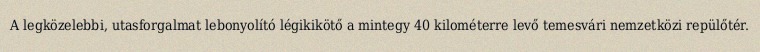
A legközelebbi, utasforgalmat lebonyolító légikikötő a mintegy 40 kilométerre levő temesvári nemzetközi repülőtér.